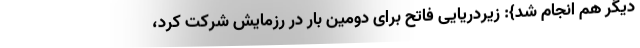
دیگر هم انجام شد}: زیردریایی فاتح برای دومین بار در رزمایش شرکت کرد،